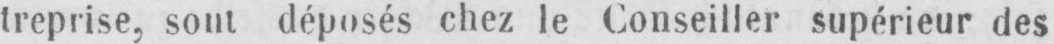
treprise sout déposés chez le Conseiller supérieur des